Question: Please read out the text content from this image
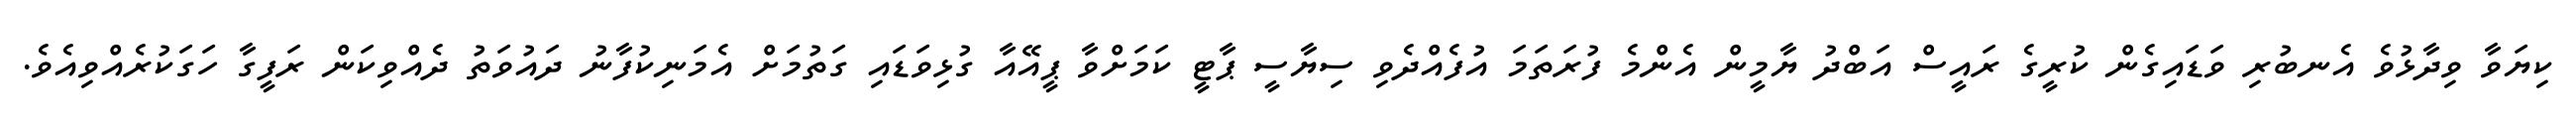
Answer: ކިޔަވާ ވިދާޅުވެ އެނބުރި ވަޑައިގެން ކުރީގެ ރައީސް އަބްދު ޔާމީން އެންމެ ފުރަތަމަ އުފެއްދެވި ސިޔާސީ ޕާޓީ ކަމަށްވާ ޕީއޭއާ ގުޅިވަޑައި ގަތުމަށް އެމަނިކުފާނު ދައުވަތު ދެއްވިކަން ރަފީގާ ހަގަކުރެއްވިއެވެ.